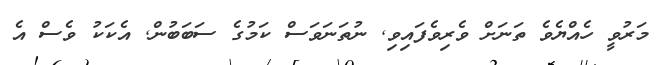
މަރުވީ ހެއްޔެވެ ތަނަށް ވެރިވެފައިވި